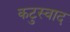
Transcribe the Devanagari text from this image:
कटुस्वाद